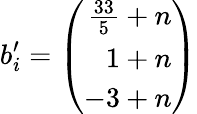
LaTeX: b_{i}^{\prime}=\left(\begin{array}{r}{{\frac{33}{5}+n}}\\ {{1+n}}\\ {{-3+n}}\end{array}\right)